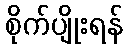
စိုက်ပျိုးရန်